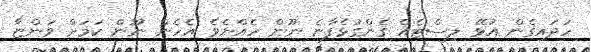
ހަދައިގެން އުޅޭ ލިސްޓެއް ގެންގުޅެފާނެ ނޫން ހެއްޔެވެ އެހެން ނޫން ކަމަށް ވަންޏާ